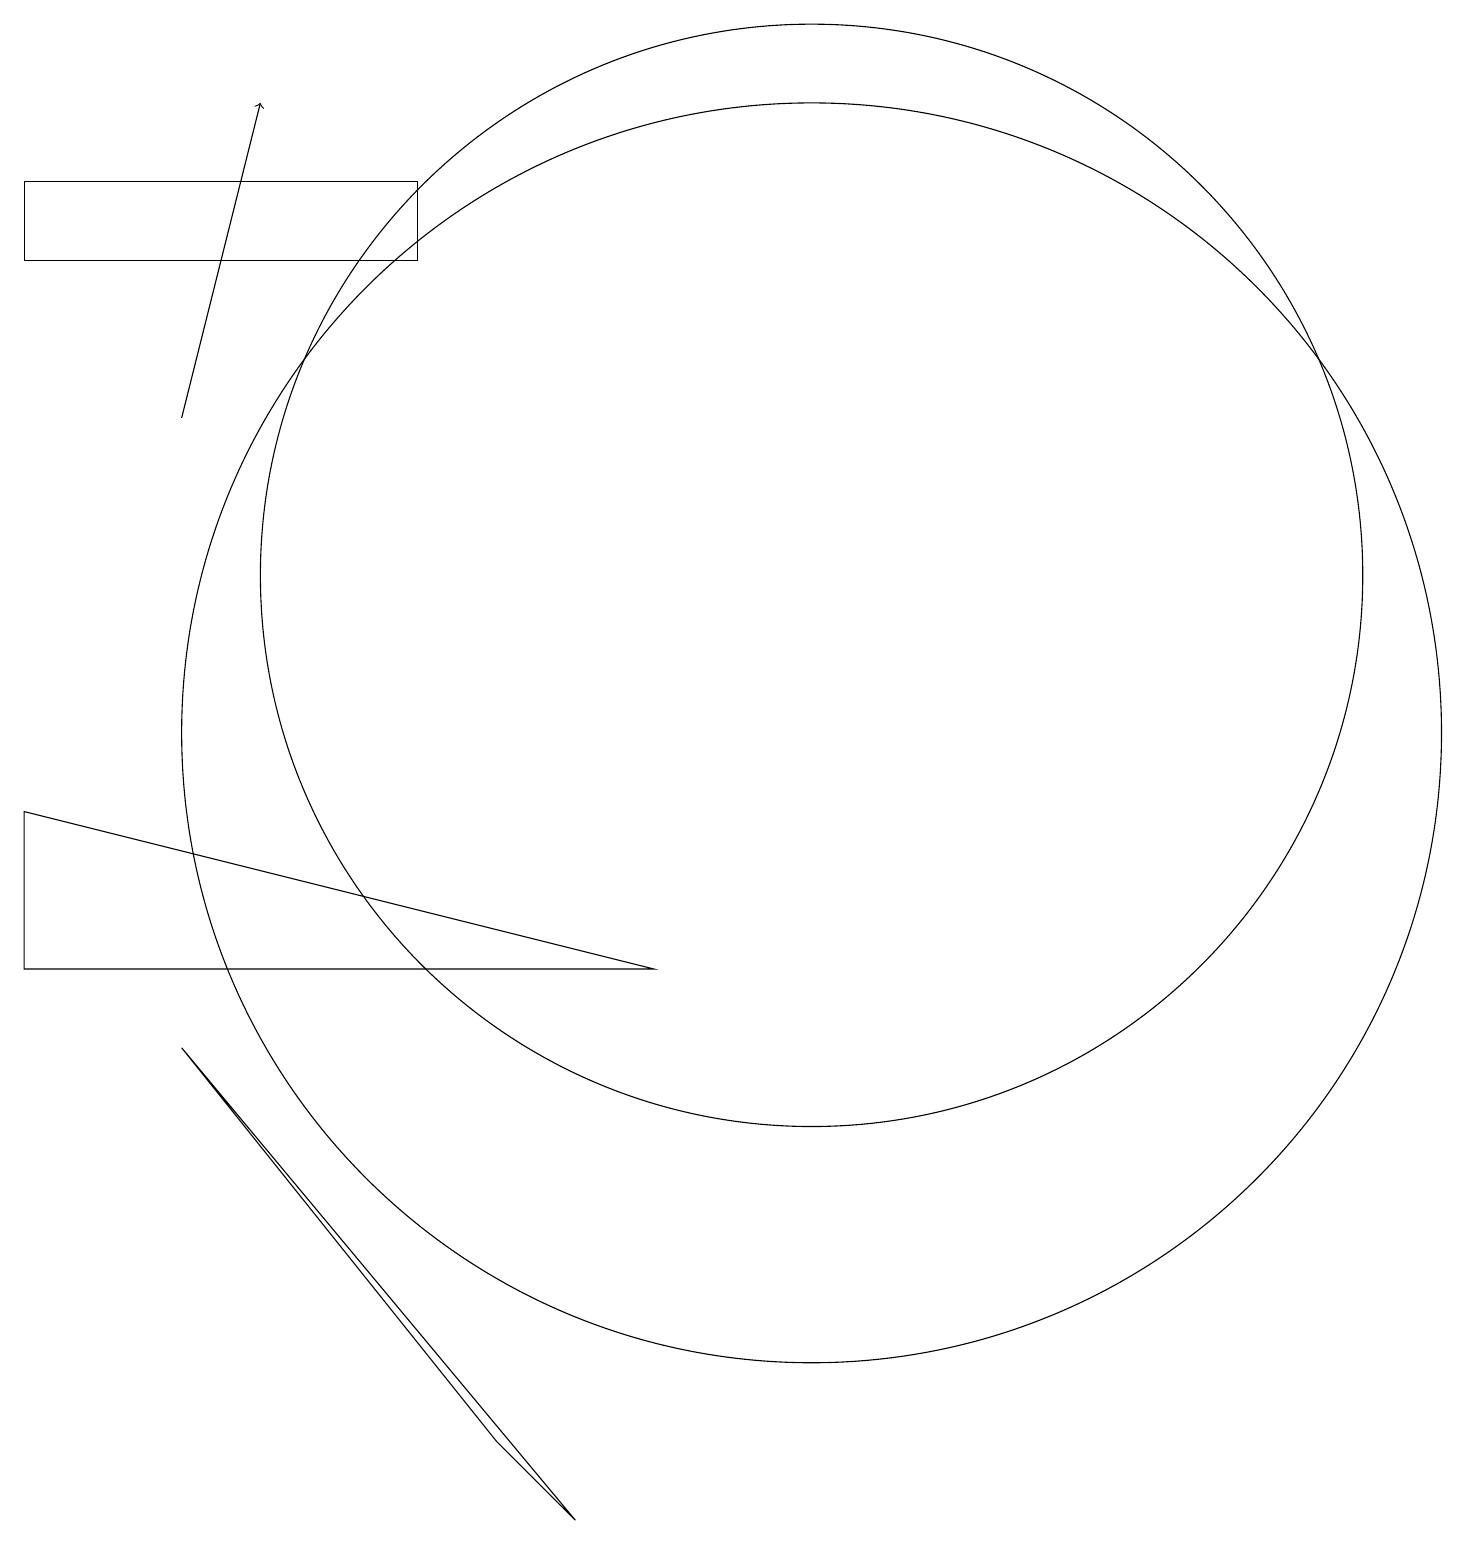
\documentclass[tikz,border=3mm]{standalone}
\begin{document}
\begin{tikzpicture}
\draw (7,0) -- (2,6) -- (6,1) -- cycle;
\draw[->] (2,14) -- (3,18);
\draw (10,12) circle (7);
\draw (8,7) -- (0,9) -- (0,7) -- cycle;
\draw (10,10) circle (8);
\draw (5,16) rectangle (0,17);
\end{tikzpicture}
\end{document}